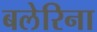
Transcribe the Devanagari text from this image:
बलेरिना